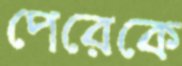
পেরেকে